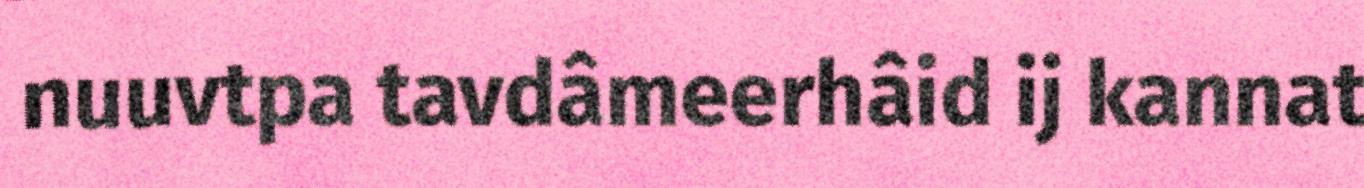
nuuvtpa tavdâmeerhâid ij kannat